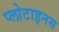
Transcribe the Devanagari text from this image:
प्लोटाइनस